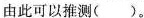
由此可以推测()。